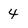
Character: 4